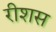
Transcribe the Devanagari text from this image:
रीशस